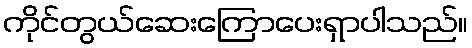
ကိုင်တွယ်ဆေးကြောပေးရှာပါသည်။